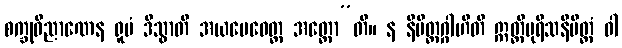
စက္ခုဝိညာဏေန ရူပံ ဒိသွာတိ အယမေဝေတ္ထ အတ္ထော”တိ။ န နိမိတ္တဂ္ဂါဟီတိ ဣတ္ထိပုရိသနိမိတ္တံ ဝါ